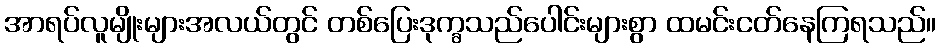
အာရပ်လူမျိုးများအလယ်တွင် တစ်ပြေးဒုက္ခသည်ပေါင်းများစွာ ထမင်းငတ်နေကြရသည်။